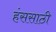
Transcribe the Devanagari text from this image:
हंससाठी